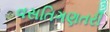
વસતિગણતરી